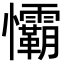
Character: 𢥻